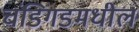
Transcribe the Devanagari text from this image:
चंडिगडमधील